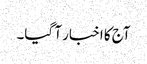
آج کا اخبار آ گیا۔